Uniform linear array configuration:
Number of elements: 24
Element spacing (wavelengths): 0.75
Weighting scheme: exponential
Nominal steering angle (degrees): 15
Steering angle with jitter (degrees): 16.897
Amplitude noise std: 0.05
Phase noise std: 0.05

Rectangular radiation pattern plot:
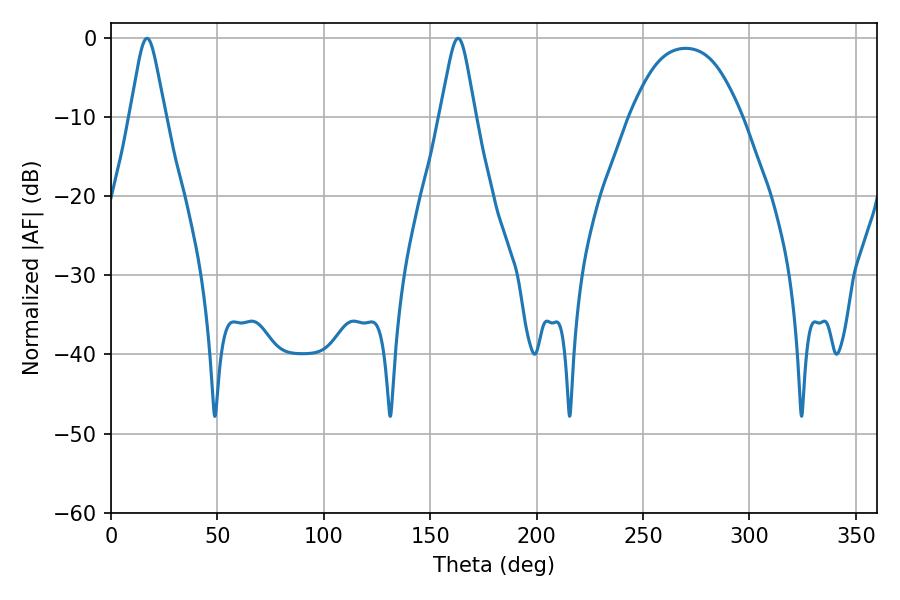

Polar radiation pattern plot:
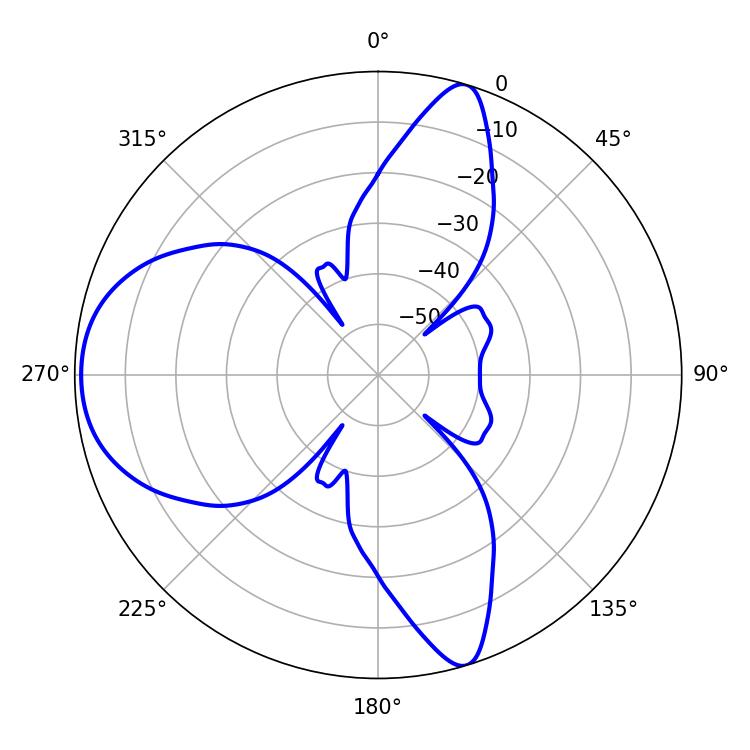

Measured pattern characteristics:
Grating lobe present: TRUE
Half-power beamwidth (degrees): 7.92
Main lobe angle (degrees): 16.92